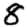
Digit: 8